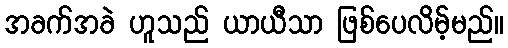
အခက်အခဲ ဟူသည် ယာယီသာ ဖြစ်ပေလိမ့်မည်။